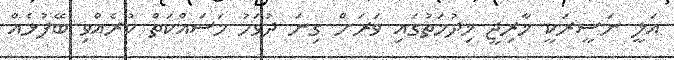
އަލީ ނަސީރަކީ ޚާރިޖީ ޚިދުމަތުގައި ވަރަށް ގިނަ ދުވަހު މަސައްކަތް ކުރެއްވި ބޭފުޅެއް